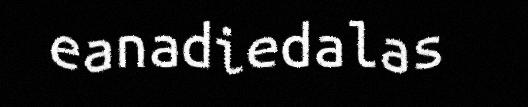
eanadiedalas